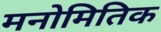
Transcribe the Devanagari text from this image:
मनोमितिक